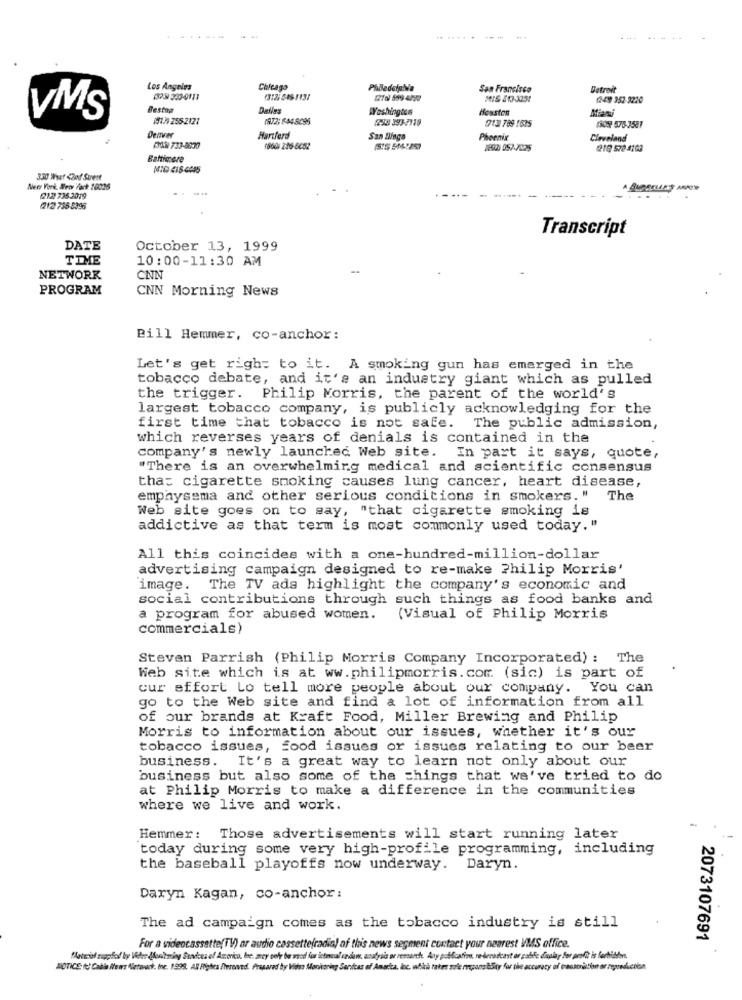
Los Angeles
Chicago
San Francisco
Detroit
(149 952-3220
Bestog
WYeshingles
Houston
Miani
VMS
151.4 255-2121
1872; 8448295
1234 393-7918
213 789 1675
1309 576-3531
Denver
Hartford
San Diego
Phoenix
Cleveland
DIN 733-8030
18601 216-6452
1800 557-7425
219 572 4163
Battimere
330 Wyet <2of Surest
Ners Vork. Men Fack 10036
212 736 2019
(212 755-8396
Transcript
DATE
October 13, 1999
TIME
10:00-11:30 AM
NETWORK
CNN
PROGRAM
CNN Morning News
Bill Hemmer, co-anchor:
Let's get right to it. A smoking gun has emerged in the
tobacco debate, and it's an industry giant which as pulled
the trigger. Philip Morris, the parent of the world's
largest tobacco company, is publicly acknowledging for the
first time that tobacco is not safe. The public admission,
which reverses years of denials is contained in the
company's newly launched Web site. In part it says, quote,
"There is an overwhelming medical and scientific consensus
tha: cigarette smoking causes lung cancer, heart disease,
emphysema and other serious conditions in smokers. "
The
Web site goes on to say, "that cigarette smoking is
addictive as that term is most commonly used today."
All this coincides with a one-hundred-million-dollar
advertising campaign designed to re-make Philip Morris'
image. The TV ads highlight the company's economic and
social contributions through such things as food banks and
a program for abused women.
(Visual of Philip Morris
commercials)
Steven Parrish (Philip Morris Company Incorporated) : The
Web site which is at ww.philipmorris. com. (sic) is part of
cur effort Lo tell more people about our company. You can
go to the Web site and find a lot of information from all
of our brands at Kraft Food, Miller Brewing and Philip
Morris to information about our issues, whether it's our
tobacco issues, food issues or issues relating to our beer
business. It's a great way to learn not only about our
business but also some of the things that we've tried to do
at Philip Morris to make a difference in the communities
where we live and work.
Hemmer: Those advertisements will start running later
today during some very high-profile programming, including
the baseball playoffs now underway. Daryn.
Daryn Kagan, co-anchor :
The ad campaign comes as the tobacco industry is still
2073107691
For a videocassette(TV) ar audio cassettefradia) of this news segment contact your nearest VMS office.
"latrist ruppfod by Veher Blondtaring Suadeus of America, he aney sofr be vod for istenal vzden, anafyals or research. Any polfcafino, re-broadcast er gabfe display for profit is forbidden.
NOTICE: (c) Cable isers Aletaack, ine. 1999. AR Fishes /heroned. Prasarad by Vids: Monikaning Sanitas of Anadta, loc. wikà rates sole mpansüßty for the accuracy of bassorition or nyundcoba